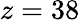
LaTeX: z=38